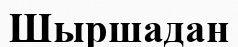
Шыршадан